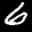
Label: 6